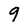
Character: 9